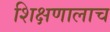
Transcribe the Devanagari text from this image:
शिक्षणालाच